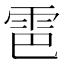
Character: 𫕠